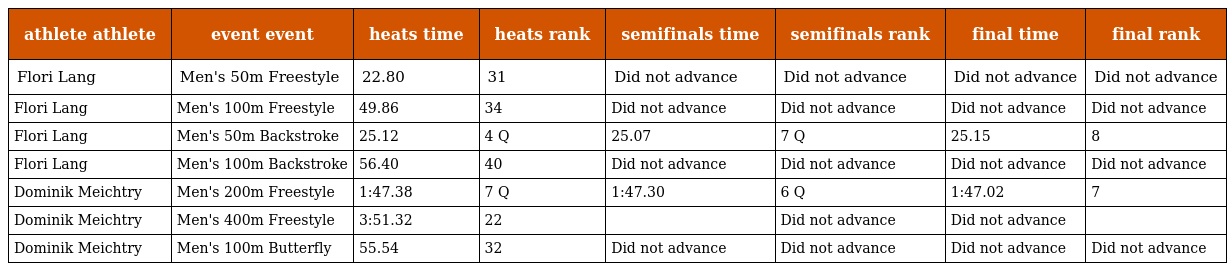
| athlete athlete | event event | heats time | heats rank | semifinals time | semifinals rank | final time | final rank |
 | --- | --- | --- | --- | --- | --- | --- | --- |
 | Flori Lang | Men's 50m Freestyle | 22.80 | 31 | Did not advance | Did not advance | Did not advance | Did not advance |
 | Flori Lang | Men's 100m Freestyle | 49.86 | 34 | Did not advance | Did not advance | Did not advance | Did not advance |
 | Flori Lang | Men's 50m Backstroke | 25.12 | 4 Q | 25.07 | 7 Q | 25.15 | 8 |
 | Flori Lang | Men's 100m Backstroke | 56.40 | 40 | Did not advance | Did not advance | Did not advance | Did not advance |
 | Dominik Meichtry | Men's 200m Freestyle | 1:47.38 | 7 Q | 1:47.30 | 6 Q | 1:47.02 | 7 |
 | Dominik Meichtry | Men's 400m Freestyle | 3:51.32 | 22 |  | Did not advance | Did not advance |  |
 | Dominik Meichtry | Men's 100m Butterfly | 55.54 | 32 | Did not advance | Did not advance | Did not advance | Did not advance |